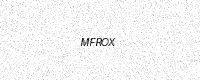
Text: MFROX